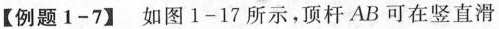
【例题1-7】如图1-17所示，顶杆AB可在竖直滑